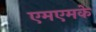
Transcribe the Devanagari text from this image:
एमएमके